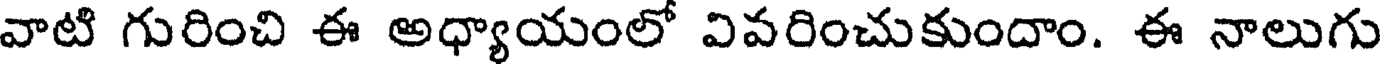
వాటి గురించి ఈ అధ్యాయంలో వివరించుకుందాం. ఈ నాలుగు